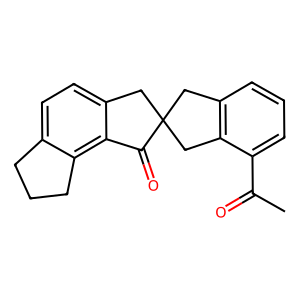
SMILES: CC(=O)c1cccc2c1CC1(C2)Cc2ccc3c(c2C1=O)CCC3
Inhibits HIV replication: No